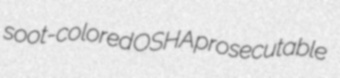
soot-colored OSHA prosecutable